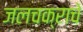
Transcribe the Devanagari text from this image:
जलचक्राचे